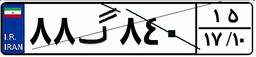
۴۹گ۴۰۸۶۳